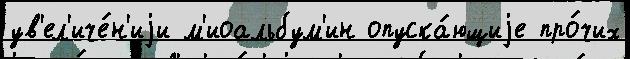
ув'ел'иче́н'иjи м'иоальбум'ин опуска́ющиjе про́чих